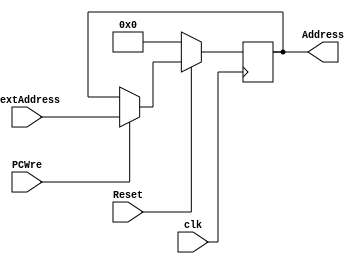
`timescale 1ns / 1ps
//////////////////////////////////////////////////////////////////////////////////
// Company: 
// Engineer: 
// 
// Design Name: 
// Module Name: PC
// Project Name: 
// Target Devices: 
// Tool Versions: 
// Description: 
// 
// Dependencies: 
// 
// Revision:
// Revision 0.01 - File Created
// Additional Comments:
// 
//////////////////////////////////////////////////////////////////////////////////


module PC(clk, Reset, PCWre, nextAddress, Address);
    input clk, Reset, PCWre;
    input [31:0] nextAddress;
    output reg [31:0] Address;
    always @(posedge clk)begin
        if (Reset == 0)
            Address <= 0;
        else if(PCWre==1)
            Address <= nextAddress;
    end
endmodule